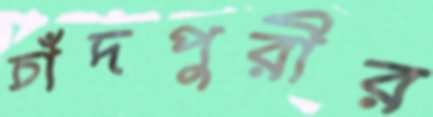
চাঁদপুরীর